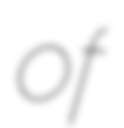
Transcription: of